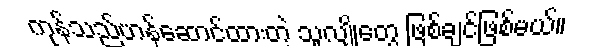
ကုန်သည်ဟန်ဆောင်ထားတဲ့ သူလျှိုတွေ ဖြစ်ချင်ဖြစ်မယ်။